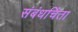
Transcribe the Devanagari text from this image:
संबंधचिंता